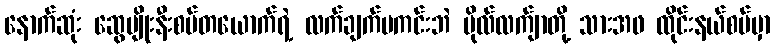
နောက်ဆုံး ဆွေမျိုးနီးစပ်တယောက်ရဲ့ လက်ချက်မကင်းဘဲ ဗိုလ်လက်ျာတို့ သားအဖ ထိုင်းနယ်စပ်မှာ